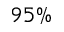
9 5 \%